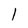
Character: 1